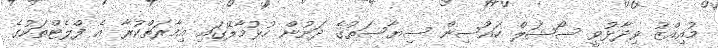
މުއިއްޒު ވިދާޅުވީ ސޯޝަލް ހައުސިން ސިޔާސަތުގެ ދަށުން ހުޅުމާލޭގައި އިމާރަތްކުރާ އެ ފްލެޓްތަކުގެ